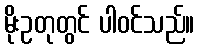
မိုးဥတုတွင် ပါဝင်သည်။